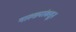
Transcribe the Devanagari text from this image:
गारुड्यांकडून